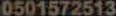
0501572513